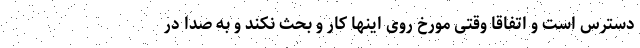
دسترس است و اتفاقا وقتی مورخ روی اینها کار و بحث نکند و به صدا در